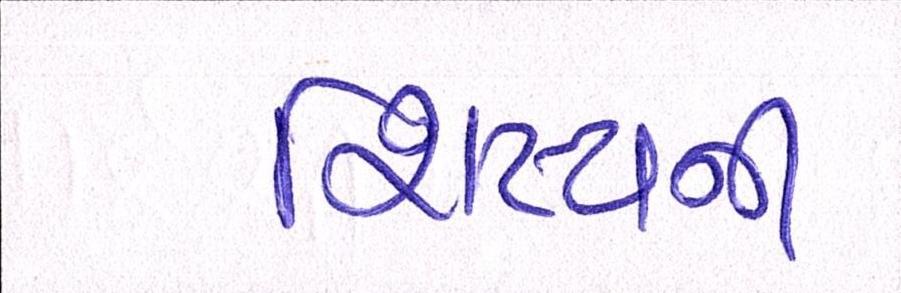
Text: શિષ્યની